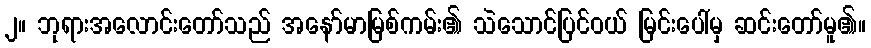
၂။ ဘုရားအလောင်းတော်သည် အနော်မာမြစ်ကမ်း၏ သဲသောင်ပြင်ဝယ် မြင်းပေါ်မှ ဆင်းတော်မူ၏။